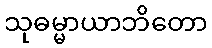
သုဓမ္မာယာဘိတော